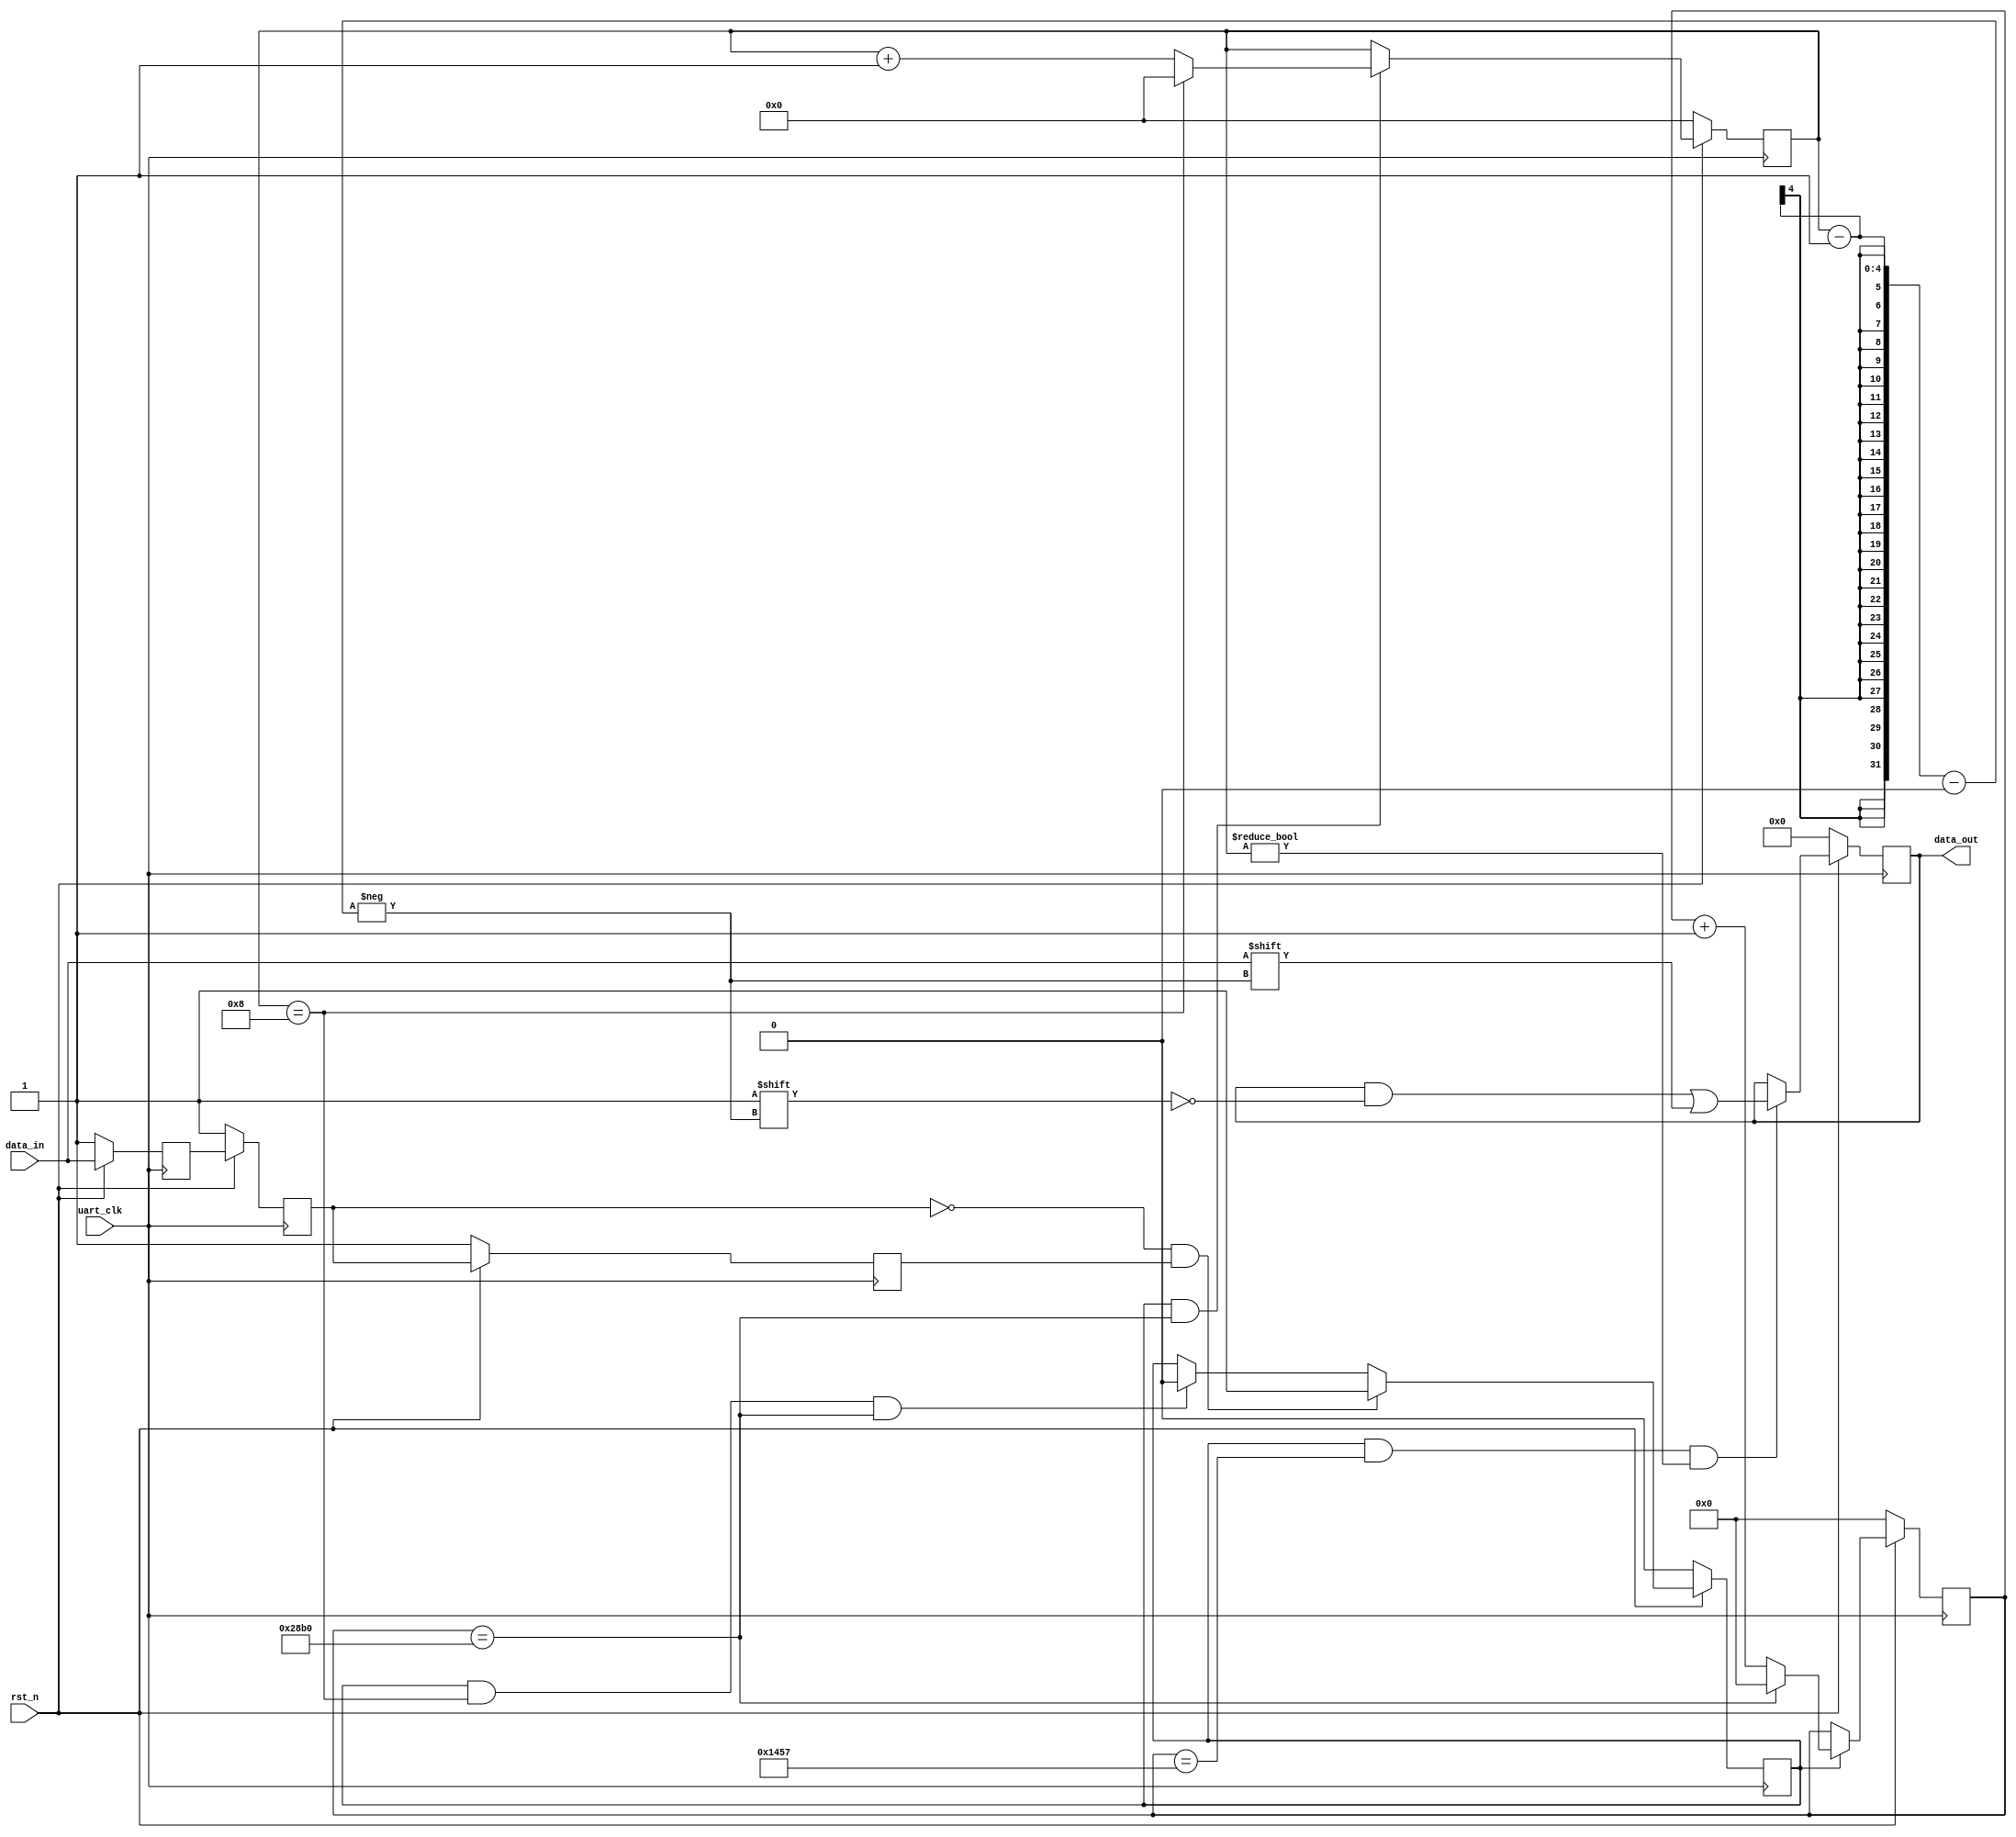
module UART (
    input uart_clk,
    input rst_n,
    input data_in,
    output reg [7:0]data_out
);
parameter bps =10417 ;      //9600
reg[15:0] cnt0; //
reg[3:0]  cnt1; //

reg detect_edge_0,detect_edge_1,detect_edge_2;
wire posedge_state;
reg uart_state;

/****************************************/
always @(posedge uart_clk ) begin
    if(!rst_n)begin
        detect_edge_0<=1;
        detect_edge_1<=1;
        detect_edge_2<=1;
    end
    else begin
        detect_edge_0<=data_in;
        detect_edge_1<=detect_edge_0;
        detect_edge_2<=detect_edge_1;
    end
end

assign posedge_state=~detect_edge_1&detect_edge_2;//

/**************************************/
always @(posedge uart_clk) begin
    if(!rst_n)
        cnt0<=0;
    else if(uart_state)begin
        if(cnt0==bps-1'b1)
            cnt0<=0;
        else
            cnt0<=cnt0+1'b1;
    end
end

/********************************************/
always @(posedge uart_clk ) begin
    if(!rst_n)
        cnt1<=0;
    else if(uart_state&&cnt0==bps-1'b1)begin
        if(cnt1==4'd8)
            cnt1<=0;
        else
            cnt1<=cnt1+1'b1;
    end
end

/*************************/
always @ (posedge uart_clk)begin
    if(!rst_n)begin
        uart_state<=0;
    end
    else if(posedge_state)
        uart_state<=1;
    else if(uart_state&&cnt1==8&&cnt0==bps-1)
        uart_state<=0;
end

/***********************/
always @(posedge uart_clk) begin
    if(!rst_n)begin
        data_out<=0;
    end
    else if(uart_state&&cnt0==bps/2-1&&cnt1!=0)begin
        data_out[cnt1-1]<=data_in;
    end
end

endmodule